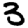
Digit: 3